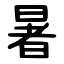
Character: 暑